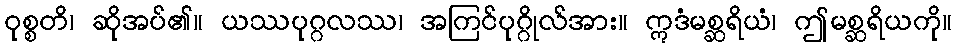
ဝုစ္စတိ၊ ဆိုအပ်၏။ ယဿပုဂ္ဂလဿ၊ အကြင်ပုဂ္ဂိုလ်အား။ ဣဒံမစ္ဆရိယံ၊ ဤမစ္ဆရိယကို။